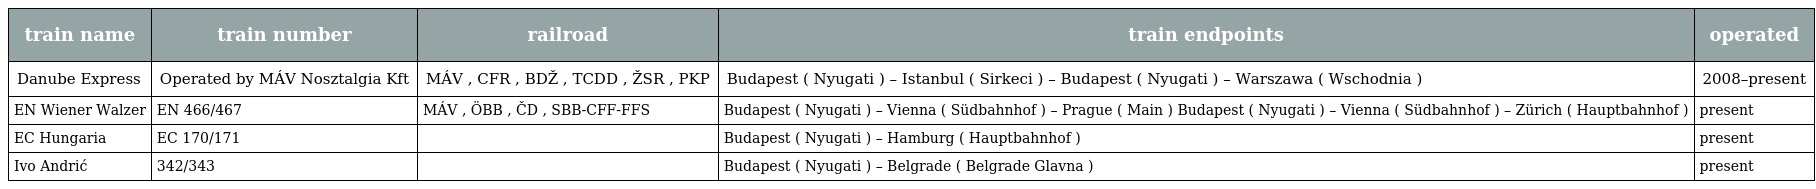
| train name | train number | railroad | train endpoints | operated |
 | --- | --- | --- | --- | --- |
 | Danube Express | Operated by MÁV Nosztalgia Kft | MÁV , CFR , BDŽ , TCDD , ŽSR , PKP | Budapest ( Nyugati ) – Istanbul ( Sirkeci ) – Budapest ( Nyugati ) – Warszawa ( Wschodnia ) | 2008–present |
 | EN Wiener Walzer | EN 466/467 | MÁV , ÖBB , ČD , SBB-CFF-FFS | Budapest ( Nyugati ) – Vienna ( Südbahnhof ) – Prague ( Main ) Budapest ( Nyugati ) – Vienna ( Südbahnhof ) – Zürich ( Hauptbahnhof ) | present |
 | EC Hungaria | EC 170/171 |  | Budapest ( Nyugati ) – Hamburg ( Hauptbahnhof ) | present |
 | Ivo Andrić | 342/343 |  | Budapest ( Nyugati ) – Belgrade ( Belgrade Glavna ) | present |